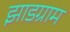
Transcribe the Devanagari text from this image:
झाडग्राम